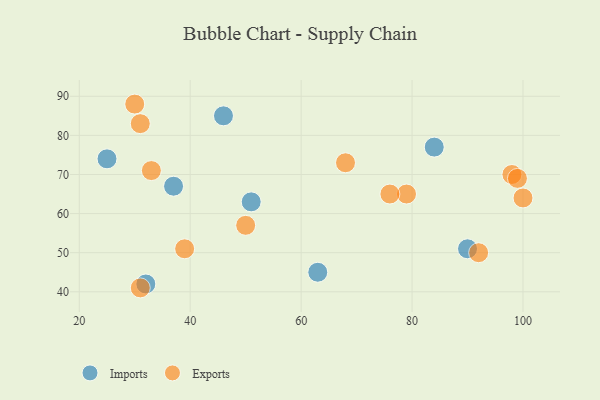
{"axis": {"x": "GDP", "y": "Life Expectancy"}, "legend": ["Exports", "Imports"], "data": [{"x": "37", "y": 67, "type": "Imports"}, {"x": "25", "y": 74, "type": "Imports"}, {"x": "84", "y": 77, "type": "Imports"}, {"x": "46", "y": 85, "type": "Imports"}, {"x": "63", "y": 45, "type": "Imports"}, {"x": "32", "y": 42, "type": "Imports"}, {"x": "51", "y": 63, "type": "Imports"}, {"x": "90", "y": 51, "type": "Imports"}, {"x": "30", "y": 88, "type": "Exports"}, {"x": "98", "y": 70, "type": "Exports"}, {"x": "92", "y": 50, "type": "Exports"}, {"x": "99", "y": 69, "type": "Exports"}, {"x": "79", "y": 65, "type": "Exports"}, {"x": "76", "y": 65, "type": "Exports"}, {"x": "50", "y": 57, "type": "Exports"}, {"x": "68", "y": 73, "type": "Exports"}, {"x": "39", "y": 51, "type": "Exports"}, {"x": "100", "y": 64, "type": "Exports"}, {"x": "31", "y": 83, "type": "Exports"}, {"x": "33", "y": 71, "type": "Exports"}, {"x": "31", "y": 41, "type": "Exports"}]}